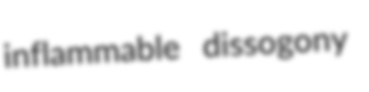
inflammable dissogony